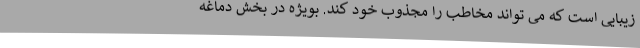
زیبایی است که می تواند مخاطب را مجذوب خود کند. بویژه در بخش دماغه